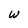
Character: w